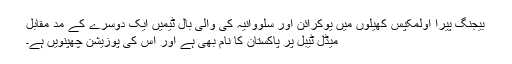
بیجنگ پیرا اولمکپس کھیلوں میں یوکرائن اور سلووانیہ کی والی بال ٹیمیں ایک دوسرے کے مدِ مقابل
میڈل ٹیبل پر پاکستان کا نام بھی ہے اور اُس کی پوزیشن چھپنویں ہے۔